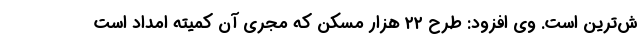
ش‌ترین است. وی افزود: طرح ۲۲ هزار مسکن که مجری آن کمیته امداد است